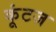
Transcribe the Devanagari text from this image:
कूंटज